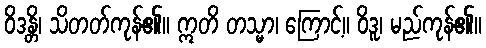
ဝိဒန္တိ၊ သိတတ်ကုန်၏။ ဣတိ တသ္မာ၊ ကြောင့်။ ဝိဒူ၊ မည်ကုန်၏။